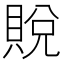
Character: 𫎙